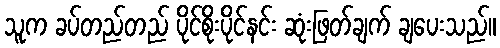
သူက ခပ်တည်တည် ပိုင်စိုးပိုင်နင်း ဆုံးဖြတ်ချက် ချပေးသည်။